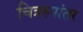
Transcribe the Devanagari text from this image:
चित्ररुपांतर